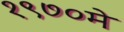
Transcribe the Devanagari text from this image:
१९७०मे